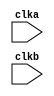
`timescale 1ns / 1ps
//////////////////////////////////////////////////////////////////////////////////
// Company: 
// Engineer: 
// 
// Design Name: 
// Module Name:    top 
// Project Name: 
// Target Devices: 
// Tool versions: 
// Description: 
//
// Dependencies: 
//
// Revision: 
// Revision 0.01 - File Created
// Additional Comments: 
//
//////////////////////////////////////////////////////////////////////////////////
module top(
input clka,
input clkb
    );




endmodule